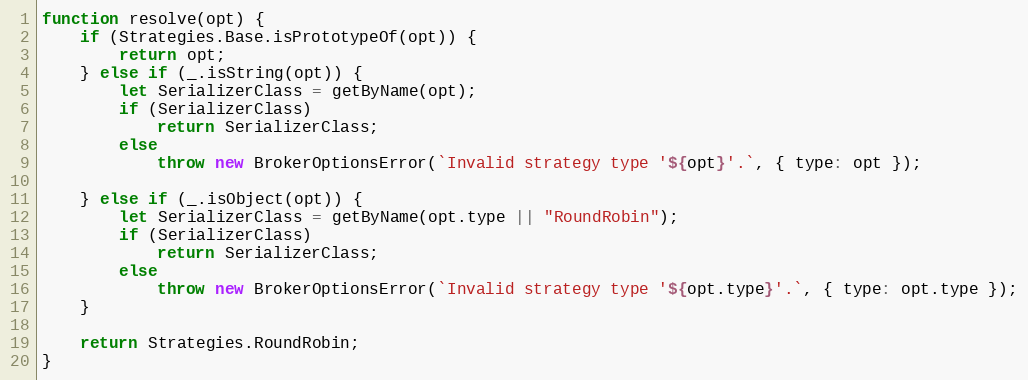
Language: JavaScript
function resolve(opt) {
	if (Strategies.Base.isPrototypeOf(opt)) {
		return opt;
	} else if (_.isString(opt)) {
		let SerializerClass = getByName(opt);
		if (SerializerClass)
			return SerializerClass;
		else
			throw new BrokerOptionsError(`Invalid strategy type '${opt}'.`, { type: opt });

	} else if (_.isObject(opt)) {
		let SerializerClass = getByName(opt.type || "RoundRobin");
		if (SerializerClass)
			return SerializerClass;
		else
			throw new BrokerOptionsError(`Invalid strategy type '${opt.type}'.`, { type: opt.type });
	}

	return Strategies.RoundRobin;
}